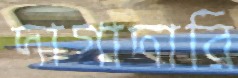
দাগাদারি